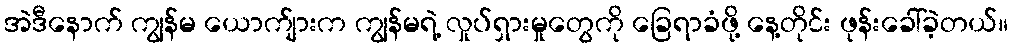
အဲဒီနောက် ကျွန်မ ယောက်ျားက ကျွန်မရဲ့ လှုပ်ရှားမှုတွေကို ခြေရာခံဖို့ နေ့တိုင်း ဖုန်းခေါ်ခဲ့တယ်။